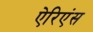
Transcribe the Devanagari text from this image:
ऐरिएंस